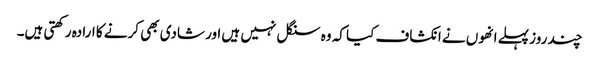
چند روز پہلے انھوں نے انکشاف کیا کہ وہ سنگل نہیں ہیں اور شادی بھی کرنے کا ارادہ رکھتی ہیں۔